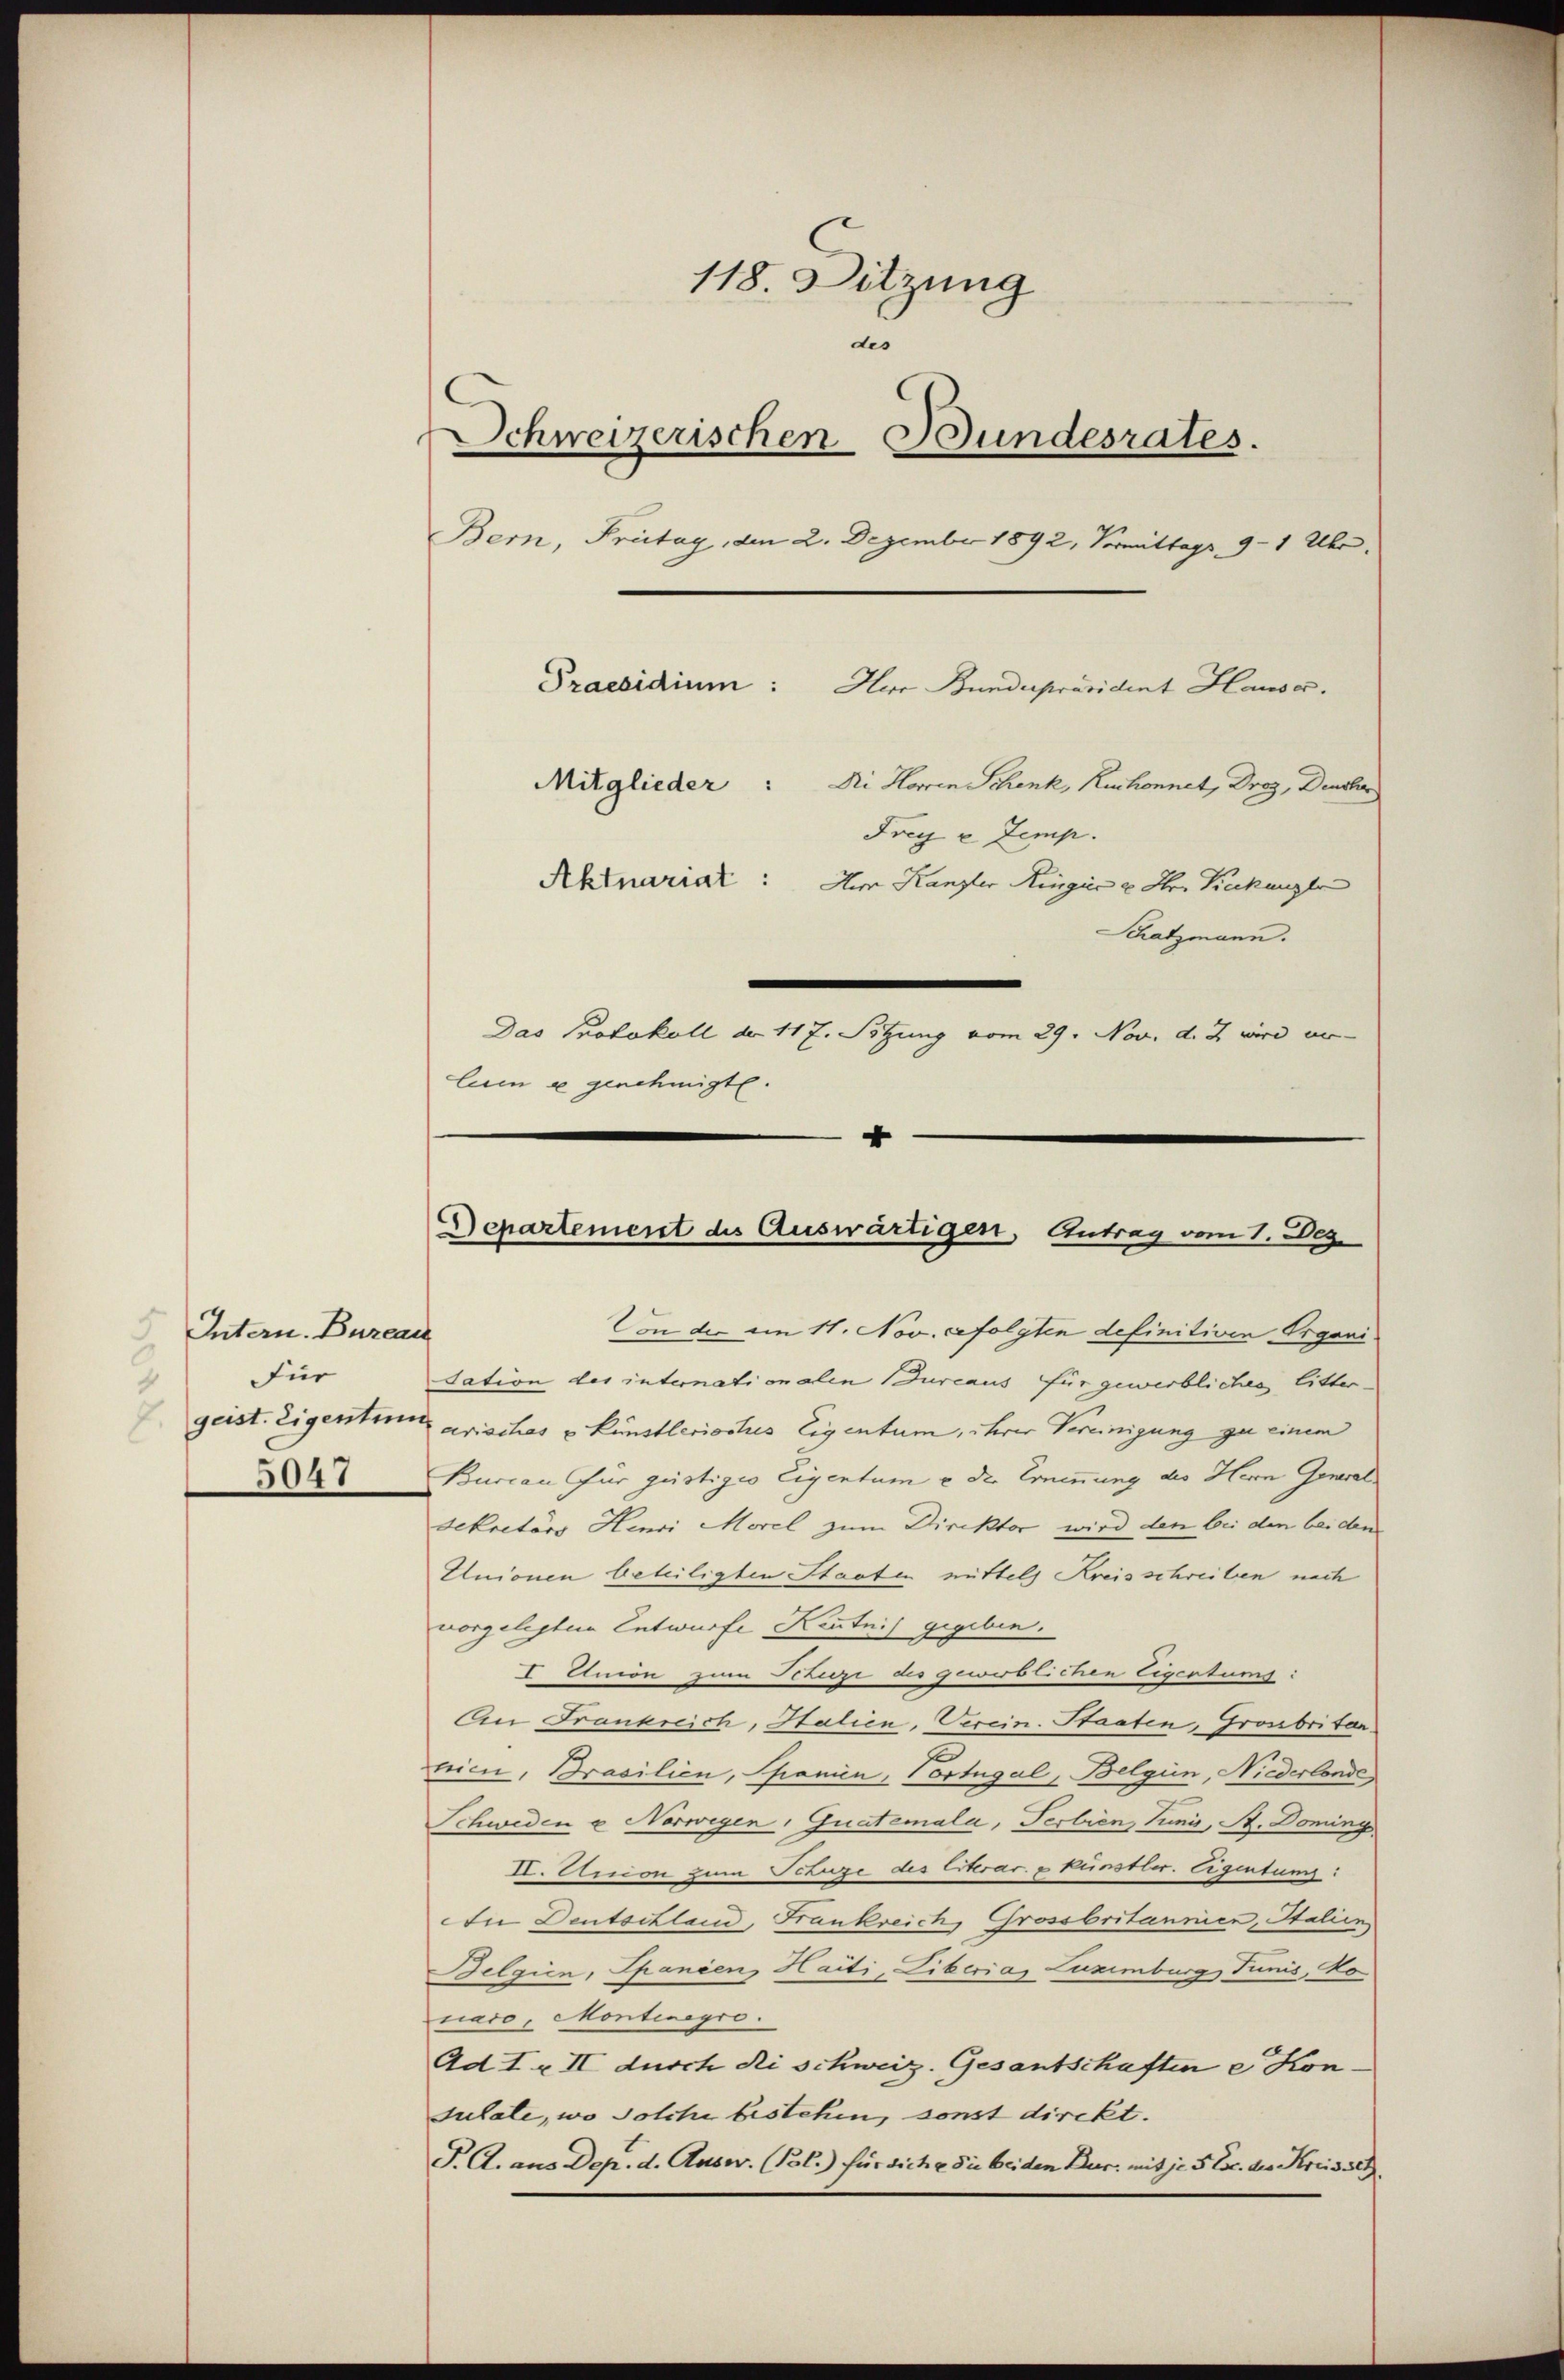
Intern. Bureau
Für
8
5047

118. Sitzung
des
Schweizerischen Bundesrates.
Bern, Freitag, den 2. Dezember 1892, Vormittags 9 - 1 Uhr
Praesidium: Her Bundespräsident Hause.
Mitglieder: Ni Herren Schenk, Ruchonnet, Droz, Deucher
Frey u. Zemp.
Aktuariat: Am Kanzler Hinger u Hr. Kakanzle
Schatzmann.
Das Protokoll der 117. Sitzung vom 29. Nov. d. J. wird un-
luin u genehmigte.
4

Departement des Auswärtigen, Antrag vom 1. Dez.

Von der am 11. Nov. Gfolyten definitiven Organi
dation des internationalen Bureaus für gewerbliches littergeist. Eigentum arisches v. Künstlerisches Eigentum, ihrer Vereinigung zu einem
Burcan für güstiges Eigentum u der Ernennung des Herrn Generaldekretärs Henri Morel zum Direktor wird den bei den bei den
Unionen beteiligten Staaten mittels Kreisschreiben nach
vorgelegten Entwurfe Kenntnis gegeben.
I Union zum Struzi des gewirblichen Eigentums
An Frankreich, Italien-Verein. Staaten, Grosbritar
brici, Brasilien, Spanien, Vortugal, Belgin, Niederlande
Schweden u Norwegen, Gustemala, Serbien Minis, St. Domings
I. Union zum Schrize des Erkrac. u künstler. Eigentums
In Deutschland, Frankreich, Grossbritannien, Stalien
Belgien, Spanien, Haiti, Liberias Luximburg Junis, No
naco, Montinegro.
Ad I & II durch di schweiz. Gesantschaften e Kon¬
Julate, wo solche bestehen, sonst direkt.
T. A. aus Dep. d. Ausw. (Pol.) für siche die beiden Dur. mit je 3 Exc. des Kreissen